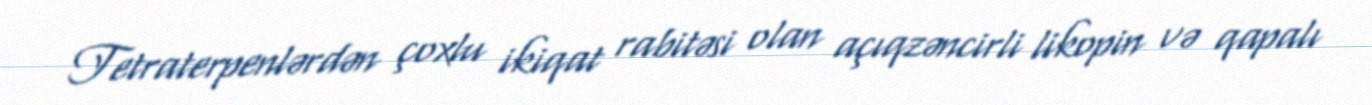
Tetraterpenlərdən çoxlu ikiqat rabitəsi olan açıqzəncirli likopin və qapalı